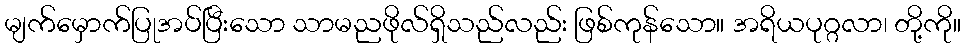
မျက်မှောက်ပြုအပ်ပြီးသော သာမညဖိုလ်ရှိသည်လည်း ဖြစ်ကုန်သော။ အရိယပုဂ္ဂလာ၊ တို့ကို။